Report of the Indian Hemp Drugs Commission, 1894-1895 - Volume V
Year: 1894
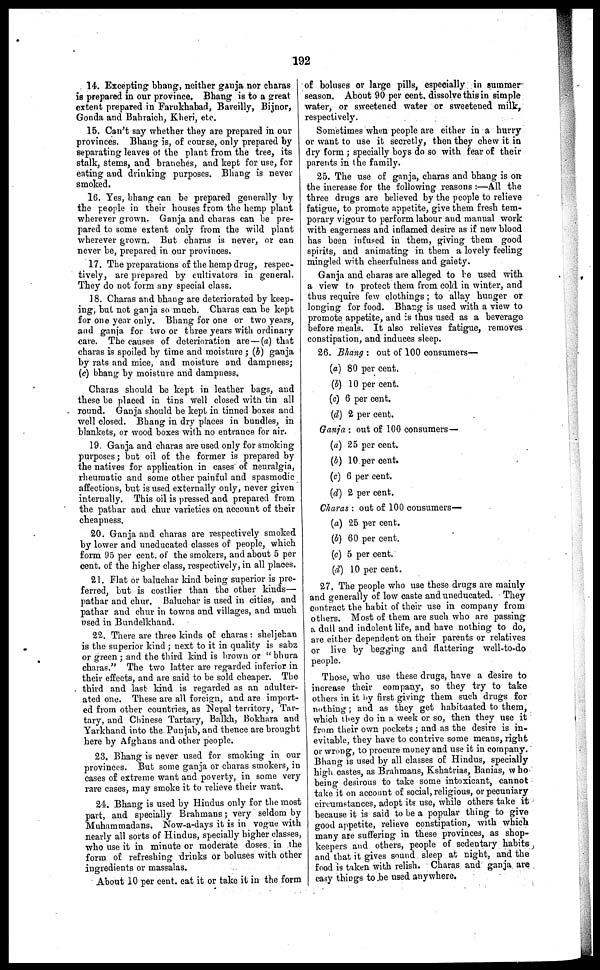
192
14. Excepting bhang, neither gauja nor charas
is prepared in our province. Bhang is to a great
extent prepared in Farukhabad, Bareilly, Bijnor,
Gonda and Bahraich, Kheri, etc.
15. Can't say whether they are prepared in our
provinces. Bhang is, of course, only prepared by
separating leaves of the plant from the tree, its
stalk, stems, and branches, and kept for use, for
eating and drinking purposes. Bhang is never
smoked.
16. Yes, bhang can be prepared generally by
the people in their houses from the hemp plant
wherever grown. Ganja and charas can be pre-
pared to some extent only from the wild plant
wherever grown. But charas is never, or can
never be, prepared in our provinces.
17. The preparations of the hemp drug, respec-
tively, are prepared by cultivators in general.
They do not form any special class.
18. Charas and bhang are deteriorated by keep-
ing, but not ganja so much. Charas can be kept
for one year only. Bhang for one or two years,
and ganja for two or three years with ordinary
care. The causes of deterioration are—(a) that
charas is spoiled by time and moisture ; (5) ganja
by rats and mice, and moisture and dampness;
(c) bhang by moisture and dampness.
Charas should be kept in leather bags, and
these be placed in tins well closed with tin all
round. Ganja should be kept in tinned boxes and
well closed. Bhang in dry places in bundles, in
blankets, or wood boxes with no entrance for air.
19. Ganja and charas are used only for smoking
purposes; but oil of the former is prepared by
the natives for application in cases of neuralgia,
rheumatic and some other painful and spasmodic
affections, but is used externally only, never given
internally. This oil is pressed and prepared from
the pathar and chur varieties on account of their
cheapness.
20. Ganja and charas are respectively smoked
by lower and uneducated classes of people, which
form 95 per cent. of the smokers, and about 5 per
cent. of the higher class, respectively, in all places.
21. Flat or baluchar kind being superior is pre-
ferred, but is costlier than the other kinds—
pathar and chur. Baluchar is used in cities, and
pathar and chur in towns and villages, and much
used in Bundelkhand.
22. There are three kinds of charas : sheljehan
is the superior kind ; next to it in quality is sabs
or green ; and the third kind is brown or " bhura
charas." The two latter are regarded inferior in
their effects, and are said to be sold cheaper. The
third and last land is regarded as an adulter-
ated one. These are all foreign, and are import-
ed from other countries, as Nepal territory, Tar-
tary, and Chinese Tartary, Balkh, Bokhara and
Yarkhand into the Punjab, and thence are brought
here by Afghans and other people.
23. Bhang is never used for smoking in our
provinces. But some ganja or charas smokers, in
cases of extreme want and poverty, in some very
rare cases, may smoke it to relieve their want.
24. Bhang is used by Hindus only for the most
part, and specially Brahmans; very seldom by
Muharamadans. Now-a-days it is in vogue with
nearly all sorts of Hindus, specially higher classes,
who use it in minute or moderate doses in the
form of refreshing drinks or boluses with other
ingredients or massalas.
About 10 per cent. eat it or take it in the form
of boluses or large pills, especially in summer
season. About 90 per cent. dissolve this in simple
water, or sweetened water or sweetened milk,
respectively.
Sometimes when people are either in a hurry
or want to use it secretly, then they chew it in
dry form ; specially boys do so with fear of their
parents in the family.
25. The use of ganja, charas and bhang is on
the increase for the following reasons :—All the
three drugs are believed by the people to relieve
fatigue, to promote appetite, give them fresh tem-
porary vigour to perform labour and manual work
with eagerness and inflamed desire as if new blood
has been infused in them, giving them good
spirits, and animating in them a lovely feeling
mingled with cheerfulness and gaiety.
Ganja and charas are alleged to be used with
a view to protect them from cold in winter, and
thus require few clothings ; to allay hunger or
longing for food. Bhang is used with a view to
promote appetite, and is thus used as a beverage
before meals. It also relieves fatigue, removes
constipation, and induces sleep.
26. Bhang : out of 100 consumers—
(a) 80 per cent.
(b) 10 per cent.
(c) 6 per cent.
(d) 2 per cent.
Ganja : out of 100 consumers—
(a) 25 per cent.
(b) 10 per cent.
(c) 6 per cent.
(d) 2 per cent.
Charas : out of 100 consumers—
(a) 25 per cent.
(b) 60 per cent.
(c) 5 per cent.
(d) 10 per cent.
27. The people who use these drugs are mainly
and generally of low caste and uneducated. They
contract the habit of their use in company from
others. Most of them are such who are passing
a dull and indolent life, and have nothing to do,
are either dependent on their parents or relatives
or live by begging and flattering well-to-do
people.
Those, who use these drugs, have a desire to
increase their company, so they try to take
others in it by first giving them such drugs for
nothing ; and as they get habituated to them,
which they do in a week or so, then they use it
from their own pockets ; and as the desire is in-
evitable, they have to contrive some means, right
or wrong, to procure money and use it in company.
Bhang is used by all classes of Hindus, specially
high castes, as Brahmans, Kshatrias, Banias, who
being desirous to take some intoxicant, cannot
take it on account of social, religious, or pecuniary
circumstances, adopt its use, while others take it
because it is said to be a popular thing to give
good appetite, relieve constipation, with which
many ate suffering in these provinces, as shop-
keepers and others, people of sedentary habits
and that it gives sound sleep at night, and the
food is taken with relish. Charas and ganja are
easy things to be used anywhere.